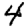
Digit: 4